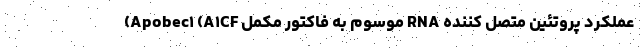
عملکرد پروتئین متصل کننده RNA موسوم به فاکتور مکمل Apobec۱ (A۱CF)